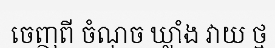
ចេញពី ចំណុច ឃ្លាំង វាយ ថ្ម